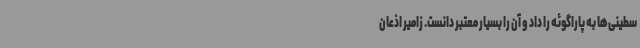
سطینی‌ها به پاراگوئه را داد و آن را بسیار معتبر دانست. زامیر اذعان